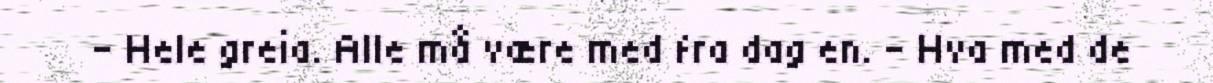
- Hele greia. Alle må være med fra dag en. - Hva med de